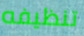
تنظيفه